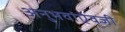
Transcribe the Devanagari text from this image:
अनुभवांऐवजी